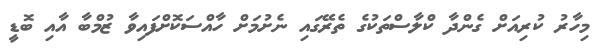
މިހާރު ކުރިއަށް ގެންދާ ކްލާސްތަކުގެ ތެރޭގައި ނެށުމަށް ހާއްސަކޮށްފައިވާ ޒުމްބާ އާއި ބޮޑީ